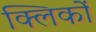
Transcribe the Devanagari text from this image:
क्लिकों